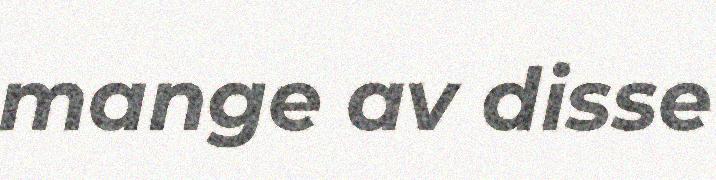
mange av disse